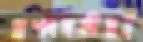
প্রশংসনীয়ই